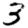
Digit: 3